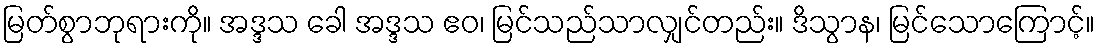
မြတ်စွာဘုရားကို။ အဒ္ဒသ ခေါ အဒ္ဒသ ဧဝ၊ မြင်သည်သာလျှင်တည်း။ ဒိသွာန၊ မြင်သောကြောင့်။